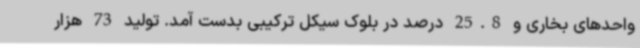
واحدهای بخاری و 25.8 درصد در بلوک سیکل ترکیبی بدست آمد. تولید 73 هزار